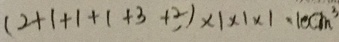
( 2 + 1 + 1 + 1 + 3 + 2 , ) \times 1 \times 1 \times 1 \cdot 1 0 c m ^ { 3 }